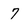
Character: 7